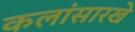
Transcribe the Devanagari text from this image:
कलांसारखे